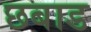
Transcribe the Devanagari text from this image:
छबाड